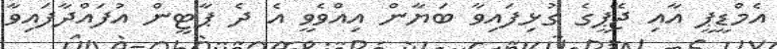
އެމްޑީޕީ އާއި ޖޭޕީގެ ގުޅިފައިވާ ބަޔާން އިއްވެވީ އެ ދެ ޕާޓީން އުފައްދާފައިވާ